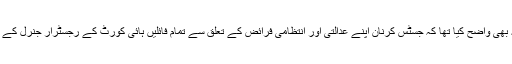
عدالت نے یہ بھی واضح کیا تھا کہ جسٹس کرنان اپنے عدالتی اور انتظامی فرائض کے تعلق سے تمام فائلیں ہائی کورٹ کے رجسٹرار جنرل کے سپرد کردیں۔